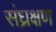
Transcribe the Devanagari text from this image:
संघ्रक्षण